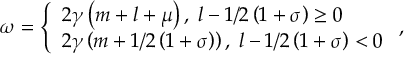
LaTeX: \omega = \left\{ \begin{array} { l } { { 2 \gamma \left( m + l + \mu \right) , \; { } l - 1 / 2 \left( 1 + \sigma \right) \geq 0 } } \\ { { 2 \gamma \left( m + 1 / 2 \left( 1 + \sigma \right) \right) , \; { } l - 1 / 2 \left( 1 + \sigma \right) < 0 } } \end{array} \right. ,